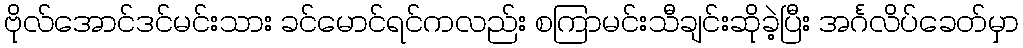
ဗိုလ်အောင်ဒင်မင်းသား ခင်မောင်ရင်ကလည်း စကြာမင်းသီချင်းဆိုခဲ့ပြီး အင်္ဂလိပ်ခေတ်မှာ